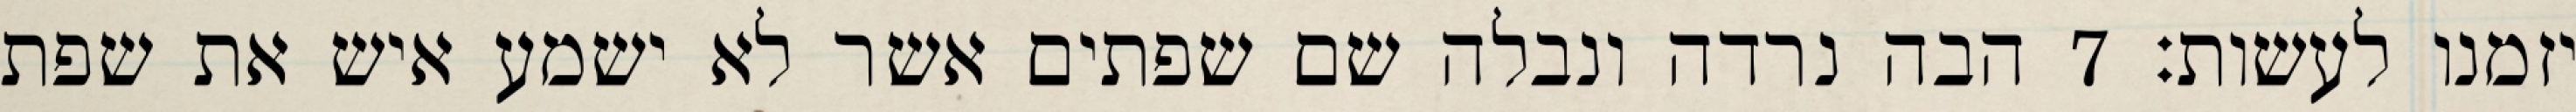
יזמנו לעשות׃ ‎7‏ הבה נרדה ונבלה שם שפתים אשר לא ישמע איש את שפת